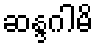
ဆန္ဒဂါမိ